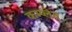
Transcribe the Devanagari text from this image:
कम्प्लेन